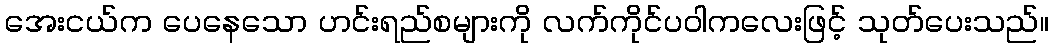
အေးငယ်က ပေနေသော ဟင်းရည်စများကို လက်ကိုင်ပဝါကလေးဖြင့် သုတ်ပေးသည်။